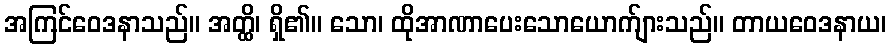
အကြင်ဝေဒနာသည်။ အတ္ထိ၊ ရှိ၏။ သော၊ ထိုအာဏာပေးသောယောက်ျားသည်။ တာယဝေဒနာယ၊